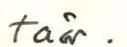
taä.